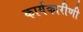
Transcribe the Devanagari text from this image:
कार्यकारीणी